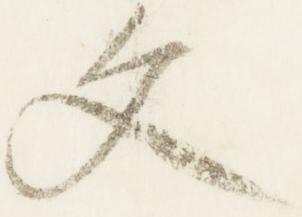
文